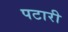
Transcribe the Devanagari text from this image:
पटारी